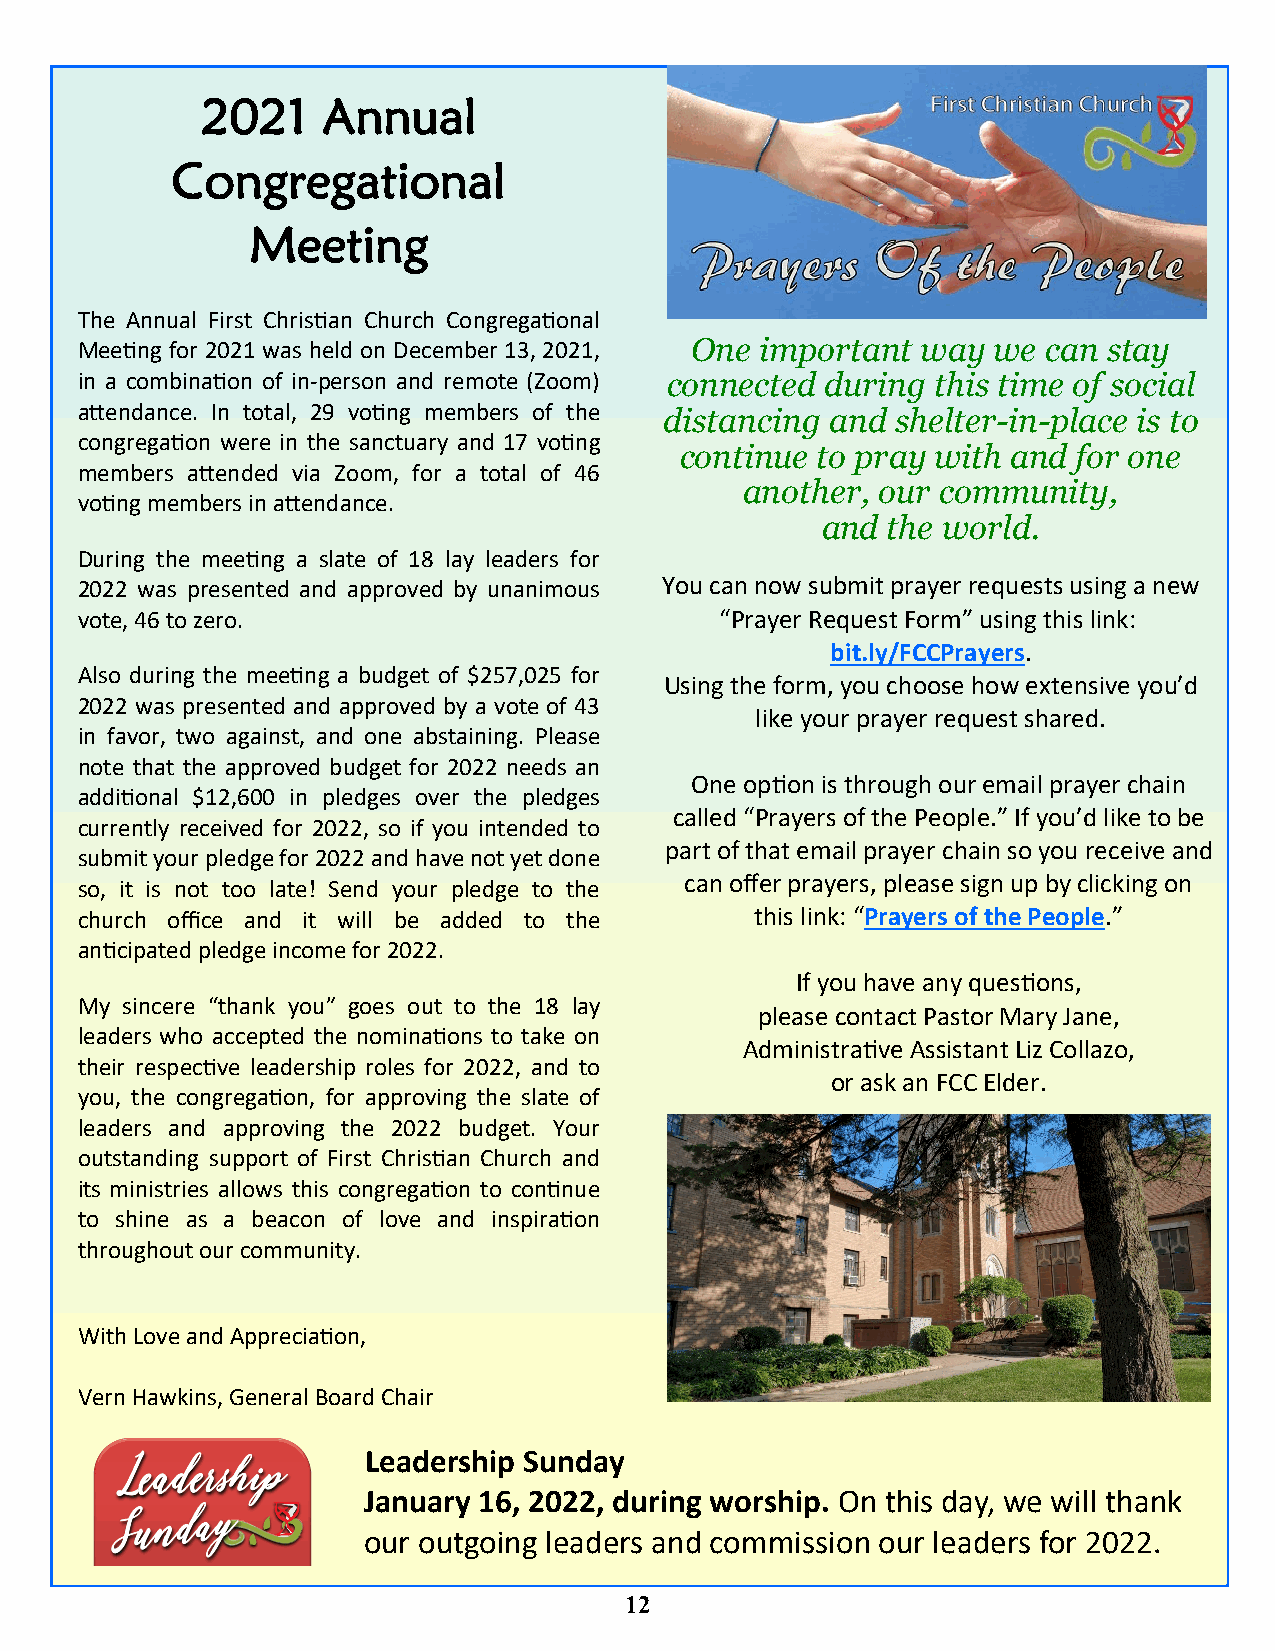
2021    Annual
 Congregational
 Meeting
 The Annual First Christian Church Congregational
 Meeting for 2021 was held on December 13, 2021, One important way we can stay
 in a combination of in-person and remote (Zoom) connected during this time of social
 attendance. In total, 29 voting members of the distancing and shelter-in-place is to
 congregation were in the sanctuary and 17 voting
 continue to pray with and for one
 members attended via Zoom, for a total of 46
 another, our community,
 voting members in attendance.
 and  the world.
 During the meeting a slate of 18 lay leaders for
 2022 was presented and approved by unanimous You can now submit prayer requests using a new
 vote, 46 to zero.                          “Prayer Request Form” using this link:
 bit.ly/FCCPrayers.
 Also during the meeting a budget of $257,025 for
 Using the form, you choose how extensive you’d
 2022 was presented and approved by a vote of 43
 like your prayer request shared.
 in favor, two against, and one abstaining. Please
 note that the approved budget for 2022 needs an
 One option is through our email prayer chain
 additional $12,600 in pledges over the pledges
 called “Prayers of the People.” If you’d like to be
 currently received for 2022, so if you intended to
 part of that email prayer chain so you receive and
 submit your pledge for 2022 and have not yet done
 can offer prayers, please sign up by clicking on
 so, it is not too late! Send your pledge to the
 church office and it will be added to the    this link: “Prayers of the People.”
 anticipated pledge income for 2022.
 If you have any questions,
 My sincere “thank you” goes out to the 18 lay
 please contact Pastor Mary Jane,
 leaders who accepted the nominations to take on
 Administrative Assistant Liz Collazo,
 their respective leadership roles for 2022, and to
 or ask an FCC Elder.
 you, the congregation, for approving the slate of
 leaders and approving the 2022 budget. Your
 outstanding support of First Christian Church and
 its ministries allows this congregation to continue
 to shine as a beacon of love and inspiration
 throughout our community.
 With Love and Appreciation,
 Vern Hawkins, General Board Chair
 Leadership Sunday
 January 16, 2022, during worship. On this day, we will thank
 our outgoing leaders and commission our leaders for 2022.
 12